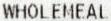
WHOLEMEAL